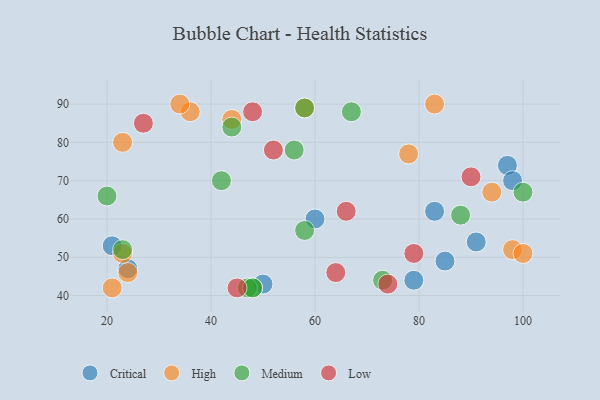
{"axis": {"x": "GDP", "y": "Life Expectancy"}, "legend": ["Critical", "High", "Low", "Medium"], "data": [{"x": "50", "y": 43, "type": "Critical"}, {"x": "60", "y": 60, "type": "Critical"}, {"x": "79", "y": 44, "type": "Critical"}, {"x": "85", "y": 49, "type": "Critical"}, {"x": "83", "y": 62, "type": "Critical"}, {"x": "91", "y": 54, "type": "Critical"}, {"x": "97", "y": 74, "type": "Critical"}, {"x": "21", "y": 53, "type": "Critical"}, {"x": "24", "y": 47, "type": "Critical"}, {"x": "98", "y": 70, "type": "Critical"}, {"x": "23", "y": 80, "type": "High"}, {"x": "98", "y": 52, "type": "High"}, {"x": "44", "y": 86, "type": "High"}, {"x": "83", "y": 90, "type": "High"}, {"x": "78", "y": 77, "type": "High"}, {"x": "100", "y": 51, "type": "High"}, {"x": "94", "y": 67, "type": "High"}, {"x": "23", "y": 51, "type": "High"}, {"x": "58", "y": 89, "type": "High"}, {"x": "24", "y": 46, "type": "High"}, {"x": "21", "y": 42, "type": "High"}, {"x": "36", "y": 88, "type": "High"}, {"x": "34", "y": 90, "type": "High"}, {"x": "73", "y": 44, "type": "Medium"}, {"x": "44", "y": 84, "type": "Medium"}, {"x": "23", "y": 52, "type": "Medium"}, {"x": "58", "y": 57, "type": "Medium"}, {"x": "20", "y": 66, "type": "Medium"}, {"x": "58", "y": 89, "type": "Medium"}, {"x": "100", "y": 67, "type": "Medium"}, {"x": "42", "y": 70, "type": "Medium"}, {"x": "48", "y": 42, "type": "Medium"}, {"x": "88", "y": 61, "type": "Medium"}, {"x": "47", "y": 42, "type": "Medium"}, {"x": "56", "y": 78, "type": "Medium"}, {"x": "67", "y": 88, "type": "Medium"}, {"x": "48", "y": 42, "type": "Medium"}, {"x": "45", "y": 42, "type": "Low"}, {"x": "79", "y": 51, "type": "Low"}, {"x": "64", "y": 46, "type": "Low"}, {"x": "66", "y": 62, "type": "Low"}, {"x": "27", "y": 85, "type": "Low"}, {"x": "52", "y": 78, "type": "Low"}, {"x": "48", "y": 88, "type": "Low"}, {"x": "90", "y": 71, "type": "Low"}, {"x": "74", "y": 43, "type": "Low"}]}